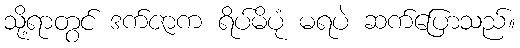
သို့ရာတွင် ဒက်ဇာက ရိပ်မိပုံ မရပဲ ဆက်ပြောသည်။